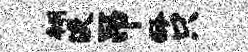
翎淡吊龄只